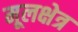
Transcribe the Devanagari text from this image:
मूलक्षेत्र